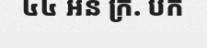
៤៤ អន ក្រ. បក